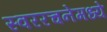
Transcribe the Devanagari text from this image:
स्वररचनेमध्ये